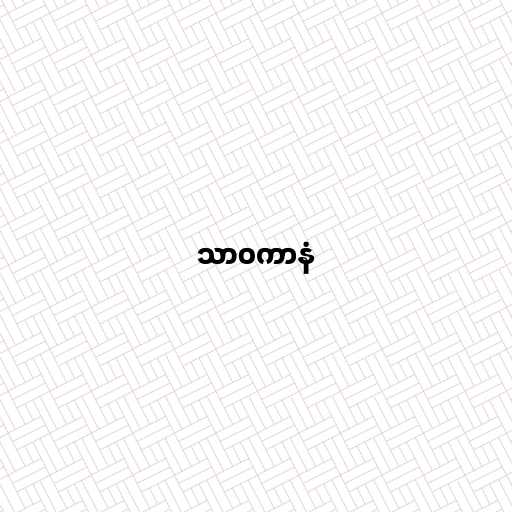
သာဝကာနံ